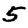
Digit: 5